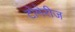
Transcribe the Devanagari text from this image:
टोमेरीज